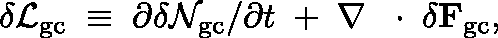
\delta { \cal L } _ { \mathrm { g c } } \; \equiv \; \partial \delta { \cal N } _ { \mathrm { g c } } / \partial t \; + \; \nabla \, \mathrm { ~ \boldmath ~ \cdot ~ } \, \delta { \bf F } _ { \mathrm { g c } } ,